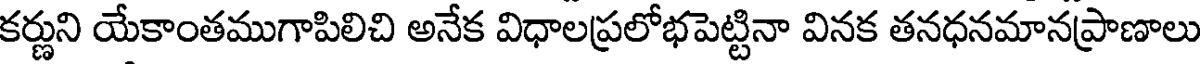
కర్ణుని యేకాంతముగాపిలిచి అనేక విధాలప్రలోభపెట్టినా వినక తనధనమానప్రాణాలు